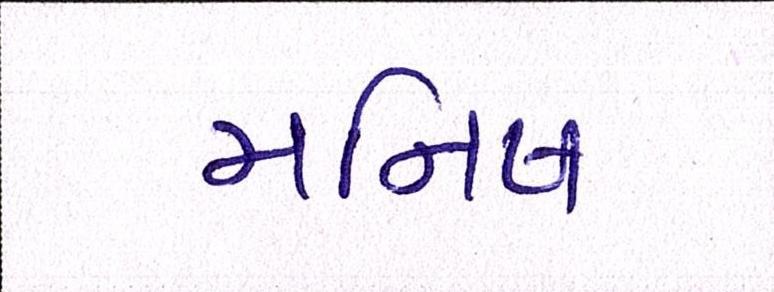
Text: મનિષ